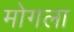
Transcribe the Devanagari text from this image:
मोगला